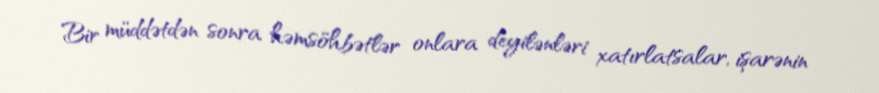
Bir müddətdən sonra həmsöhbətlər onlara deyilənləri xatırlatsalar, işarənin